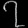
Digit: ၇